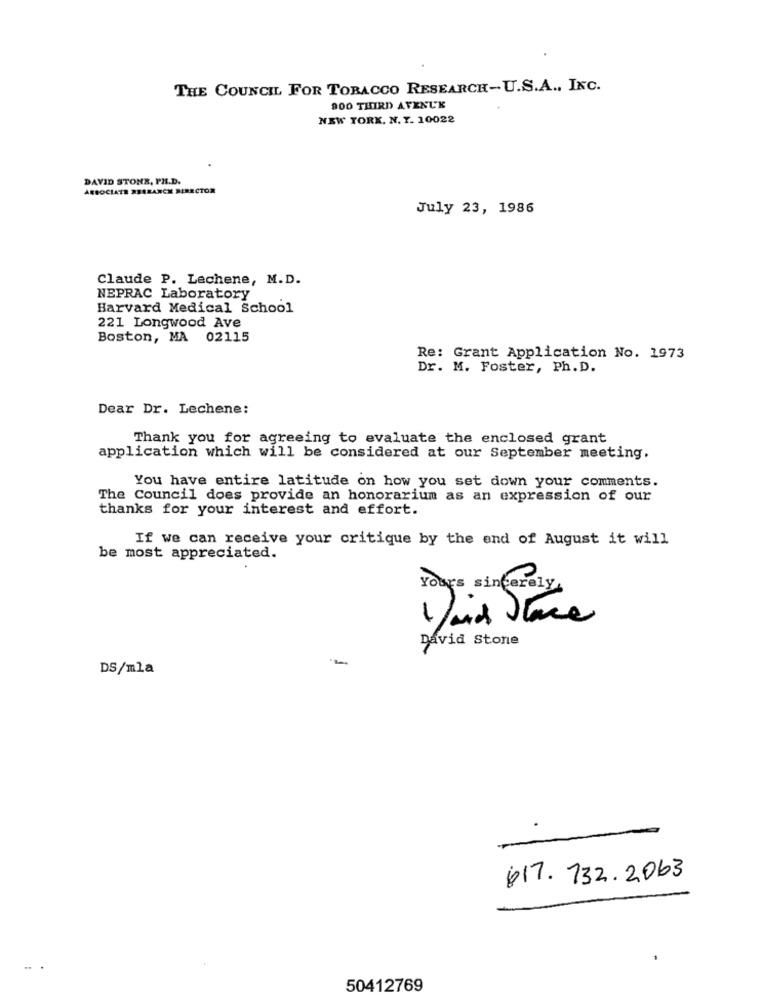
THE COUNCIL FOR TOBACCO RESEARCH-U.S.A ., INC.
900 THIRD AVENUE
NEW YORK. N. Y. 10022
DAVID STONE, PH.D.
ARBOCIATE RESEARCH DIRECTOR
July 23, 1986
Claude P. Lechene, M.D.
NEPRAC Laboratory
Harvard Medical School
221 Longwood Ave
Boston, MA 02115
Re: Grant Application No. 1973
Dr. M. Foster, Ph. D.
Dear Dr. Lechene:
Thank you for agreeing to evaluate the enclosed grant
application which will be considered at our September meeting.
You have entire latitude on how you set down your comments.
The Council does provide an honorarium as an expression of our
thanks for your interest and effort.
If we can receive your critique by the end of August it will
be most appreciated.
Yours sincerely,
David Stone
DS/mla
817. 732.2003
50412769